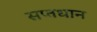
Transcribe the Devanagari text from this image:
सप्तधान